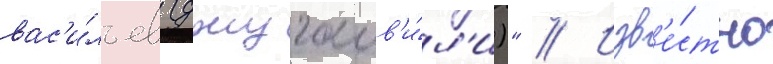
вас'и́льев (джугашв'и́л'и)" // Изв'е́стно